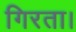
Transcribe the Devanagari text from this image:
गिरता।